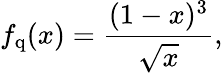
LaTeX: f_{\mathrm{q}}(x)=\frac{(1-x)^{3}}{\sqrt x},